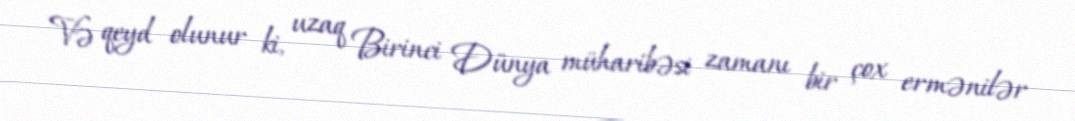
Və qeyd olunur ki, uzaq Birinci Dünya müharibəsi zamanı bir çox ermənilər